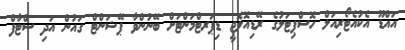
އައްޑޫ އެކުއެޓޯރިއަލް ހޮސްޕިޓަލުގެ ރޭޑިއޮލޮޖީ ޑިޕަރޓްމަންޓަށް ބޭނުންވާ ޕޭޝަންޓް ގައުން އަދި ސްޓާފް